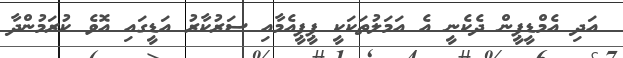
އަދި އެމްޑީޕީން ދެކެނީ އެ އަމަލުތަކަކީ ޕީޕީއެމާއި ސަރުކާރު އަޑީގައި އޮވެ ކުރަމުންދާ